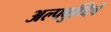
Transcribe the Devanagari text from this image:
अल्पबुध्दिचे